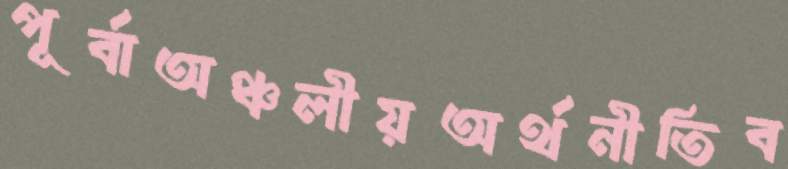
পূর্বাঅঞ্চলীয়অর্থনীতিব